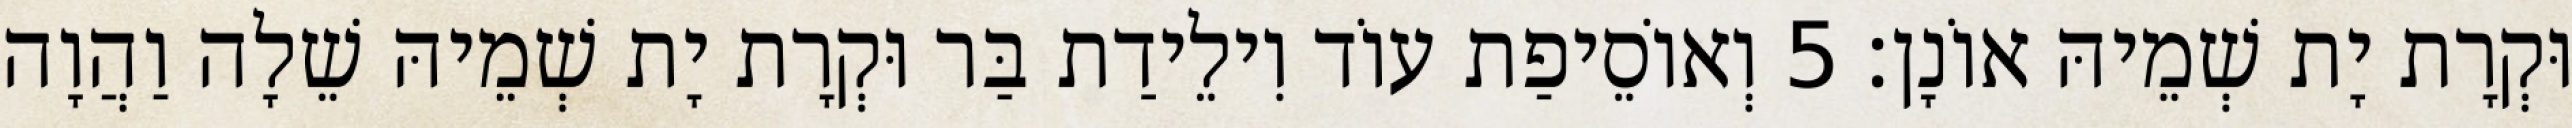
וּקְרָת יָת שְׁמֵיהּ אוֹנָן׃ 5 וְאוֹסֵיפַת עוֹד וִילֵידַת בַּר וּקְרָת יָת שְׁמֵיהּ שֵׁלָה וַהֲוָה